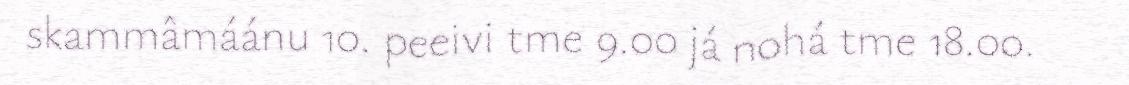
skammâmáánu 10. peeivi tme 9.00 já nohá tme 18.00.